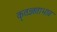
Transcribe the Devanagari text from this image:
कृतज्ञताभाव